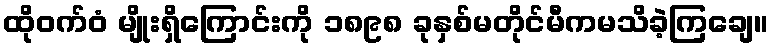
ထိုဝက်ဝံ မျိုးရှိကြောင်းကို ၁၈၉၈ ခုနှစ်မတိုင်မီကမသိခဲ့ကြချေ။